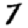
Digit: 7